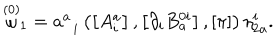
LaTeX: \stackrel { \left( 0 \right) } { \omega } _ { 1 } = a _ { \; \; i } ^ { a } \left( \left[ A _ { i } ^ { a } \right] , \left[ \partial _ { i } B _ { a } ^ { 0 i } \right] , \left[ \pi \right] \right) \eta _ { 2 a } ^ { i } .